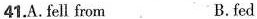
41.A.fell from B.fed